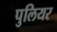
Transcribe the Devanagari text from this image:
पुलियर